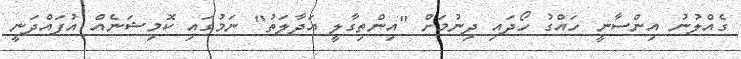
ގެއްލުނު އިންސާނީ ހައްގު ހޯދައި ދިނުމަށް "އިންތިގާލީ އަދާލަތު" ނަމުގައި ކޮމިޝަނެއް އުފައްދަނީ